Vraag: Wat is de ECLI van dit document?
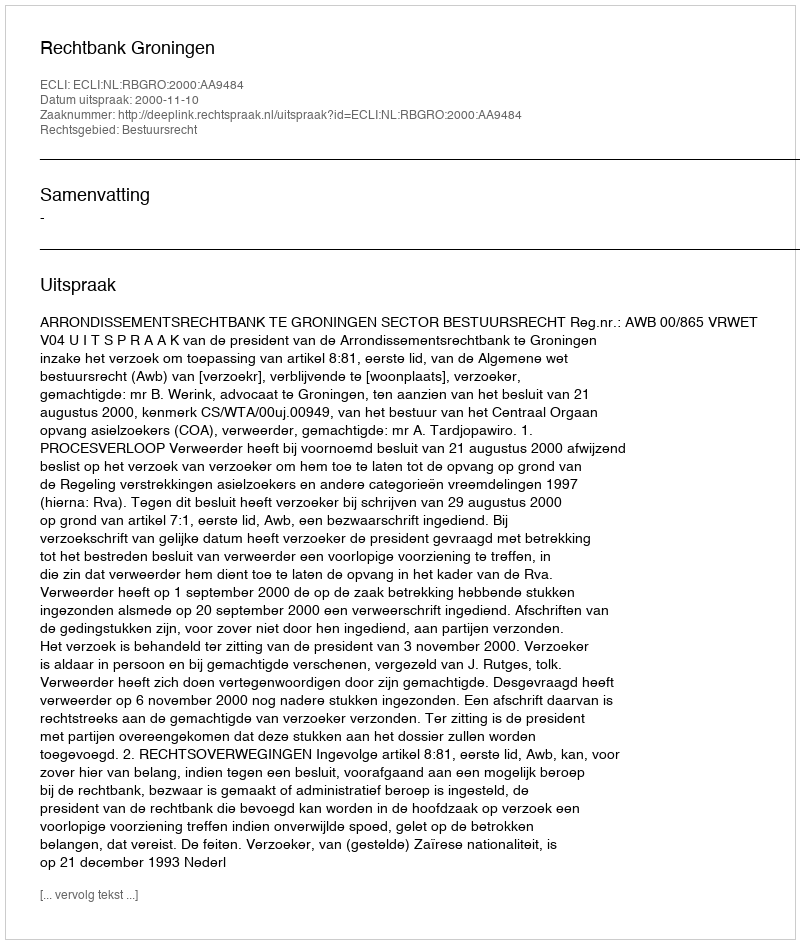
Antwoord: ECLI:NL:RBGRO:2000:AA9484